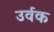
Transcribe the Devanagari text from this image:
उर्वक